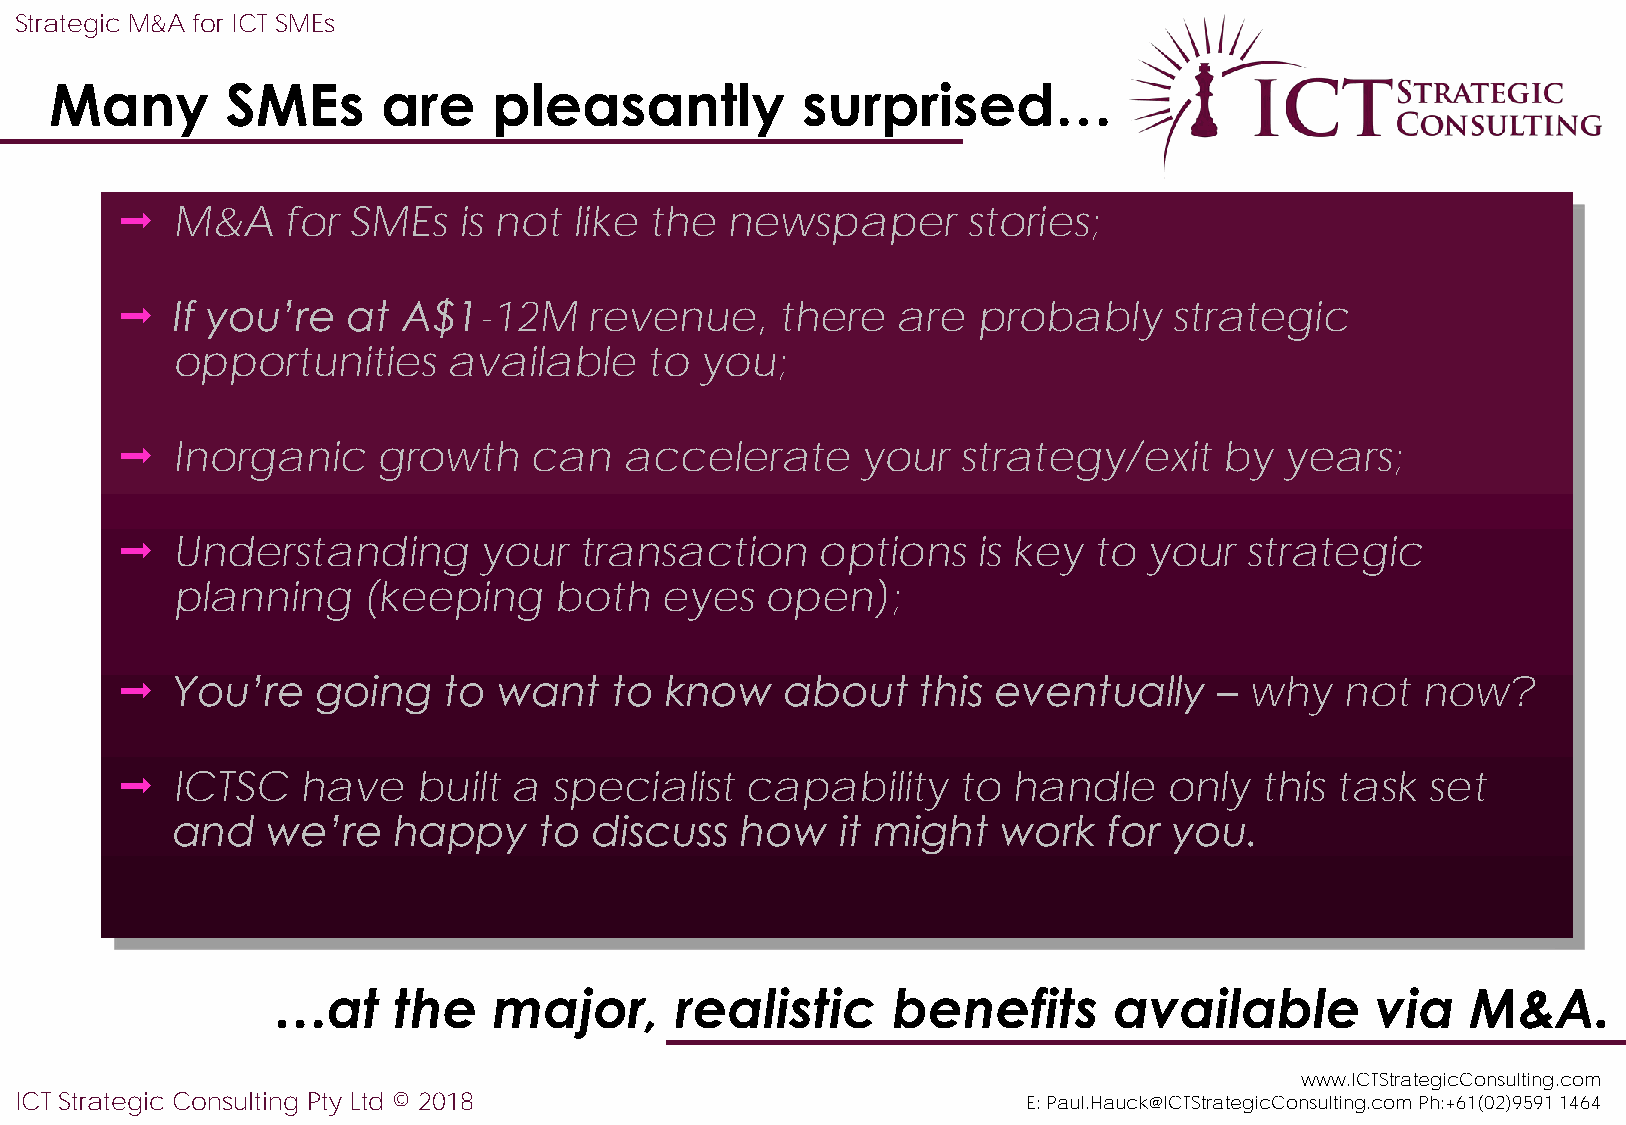
Strategic M&A for ICT SMEs
 Many        SMEs      are     pleasantly          surprised…
   M&A     for SMEs   is not  like the  newspaper       stories;
   If you’re   at  A$1-12M     revenue,     there  are   probably     strategic
 opportunities      available    to you;
   Inorganic     growth    can   accelerate      your   strategy/exit    by  years;
   Understanding        your  transaction     options    is key to  your  strategic
 planning     (keeping     both   eyes   open);
   You’re    going   to  want   to  know    about    this eventually     – why   not  now?
   ICTSC    have    built a  specialist  capability    to  handle    only  this task  set
 and    we’re   happy     to discuss   how    it might  work   for  you.
 …at     the    major,      realistic     benefits       available        via   M&A.
 www.ICTStrategicConsulting.com
 ICT Strategic Consulting Pty Ltd © 2018                            E: Paul.Hauck@ICTStrategicConsulting.com Ph:+61(02)9591 1464